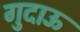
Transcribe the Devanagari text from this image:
गुदाऊ